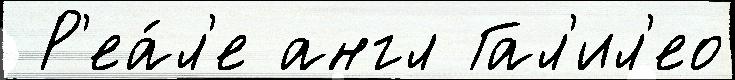
 Р'еа́л'е англ Гал'ил'ео